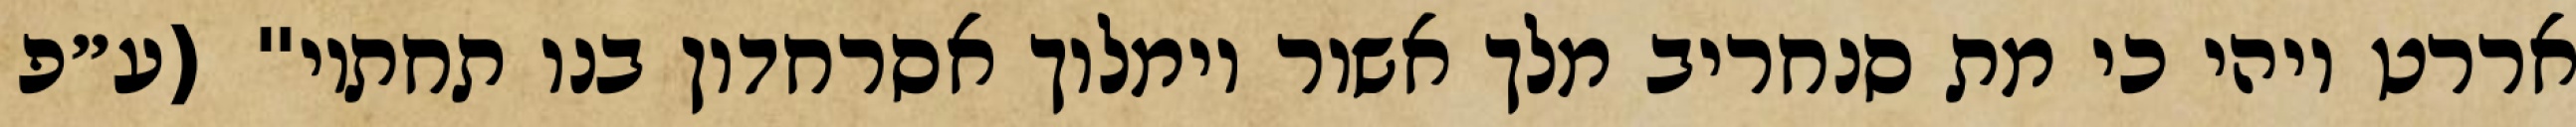
אררט ויהי כי מת סנחריב מלך אשור וימלוך אסרחדון בנו תחתיו" (ע״פ